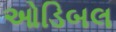
ઓડિબલ